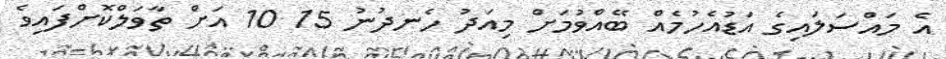
އެ މައްސަލައިގެ އަޑުއެހުމެއް ބޭއްވުމަށް މިއަދު ހެނދުނު 15 10 އަށް ތާވަލްކޮށްފައިވެ